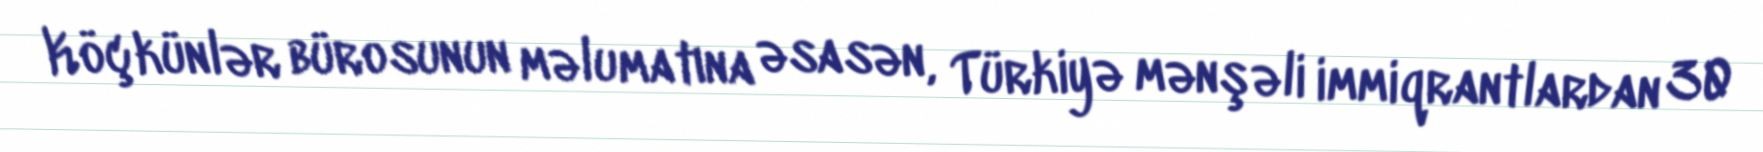
Köçkünlər bürosunun məlumatına əsasən, Türkiyə mənşəli immiqrantlardan 30